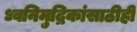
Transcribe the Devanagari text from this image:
ध्वनिमुद्रिकांसाठीही